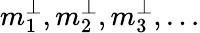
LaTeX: m_{1}^{\perp},m_{2}^{\perp},m_{3}^{\perp},\ldots